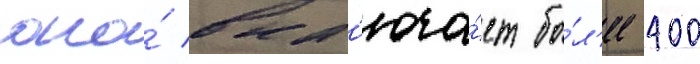
она́ вкл'юча́ет бо́л'ее 400